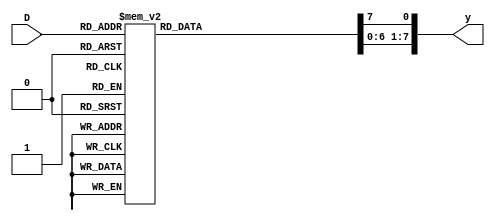
module binary_decoder(
  input [2:0] D,
  output reg [7:0] y);
  
  always@(D) begin
    y = 0;
    case(D)
      3'b000: y[0] = 1'b1;
      3'b001: y[1] = 1'b1;
      3'b010: y[2] = 1'b1;
      3'b011: y[3] = 1'b1;
      3'b100: y[4] = 1'b1;
      3'b101: y[5] = 1'b1;
      3'b110: y[6] = 1'b1;
      3'b111: y[7] = 1'b1;
      default: y = 0;
    endcase
  end
endmodule

module tb;
  reg [2:0] D;
  wire [7:0] y;
  
  binary_decoder bin_dec(D, y);
  
  initial begin
    $monitor("D = %b -> y = %0b", D, y);
    repeat(5) begin
      D=$random; #1;
    end
  end
endmodule